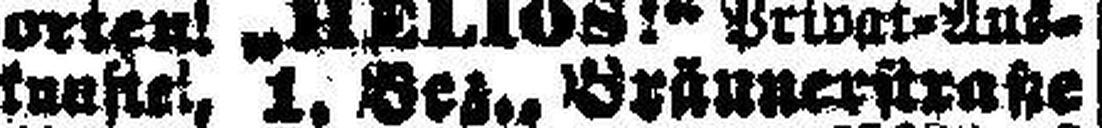
kunftei, 1. Bez., Bräunerstraße